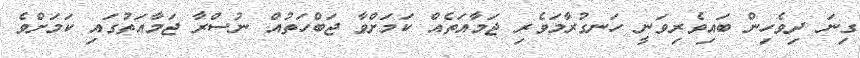
ގިނަ ދިވެހިން ބައިވެރިވަނީ ހަނގުރާމަވެރި ޖަމާއަތެއް ކަމަށްވާ ޖަބްހަތުއް ނުސްރާ ޖަމާއަތުގައި ކަމަށްވެ